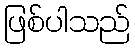
ဖြစ်ပါသည်